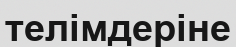
телімдеріне